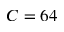
C = 6 4